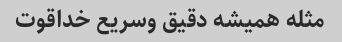
مثله همیشه دقیق وسریع خداقوت